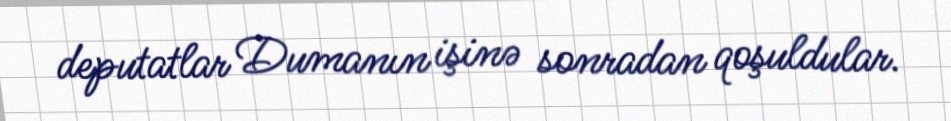
deputatlar Dumanın işinə sonradan qoşuldular.